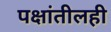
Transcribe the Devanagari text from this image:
पक्षांतीलही